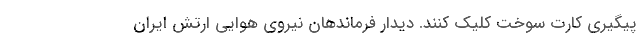
پیگیری کارت سوخت کلیک کنند. دیدار فرماندهان نیروی هوایی ارتش ایران